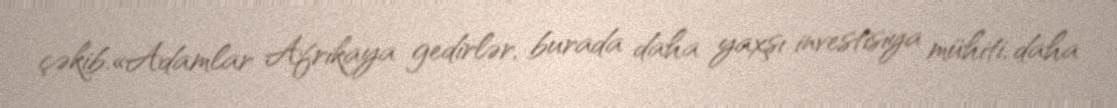
çəkib.«Adamlar Afrikaya gedirlər, burada daha yaxşı investisiya mühiti, daha